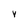
Character: Y